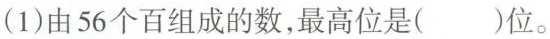
(1)由 56 个百组成的数，最高位是( )位。